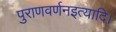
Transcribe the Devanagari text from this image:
पुराणवर्णनइत्यादि।